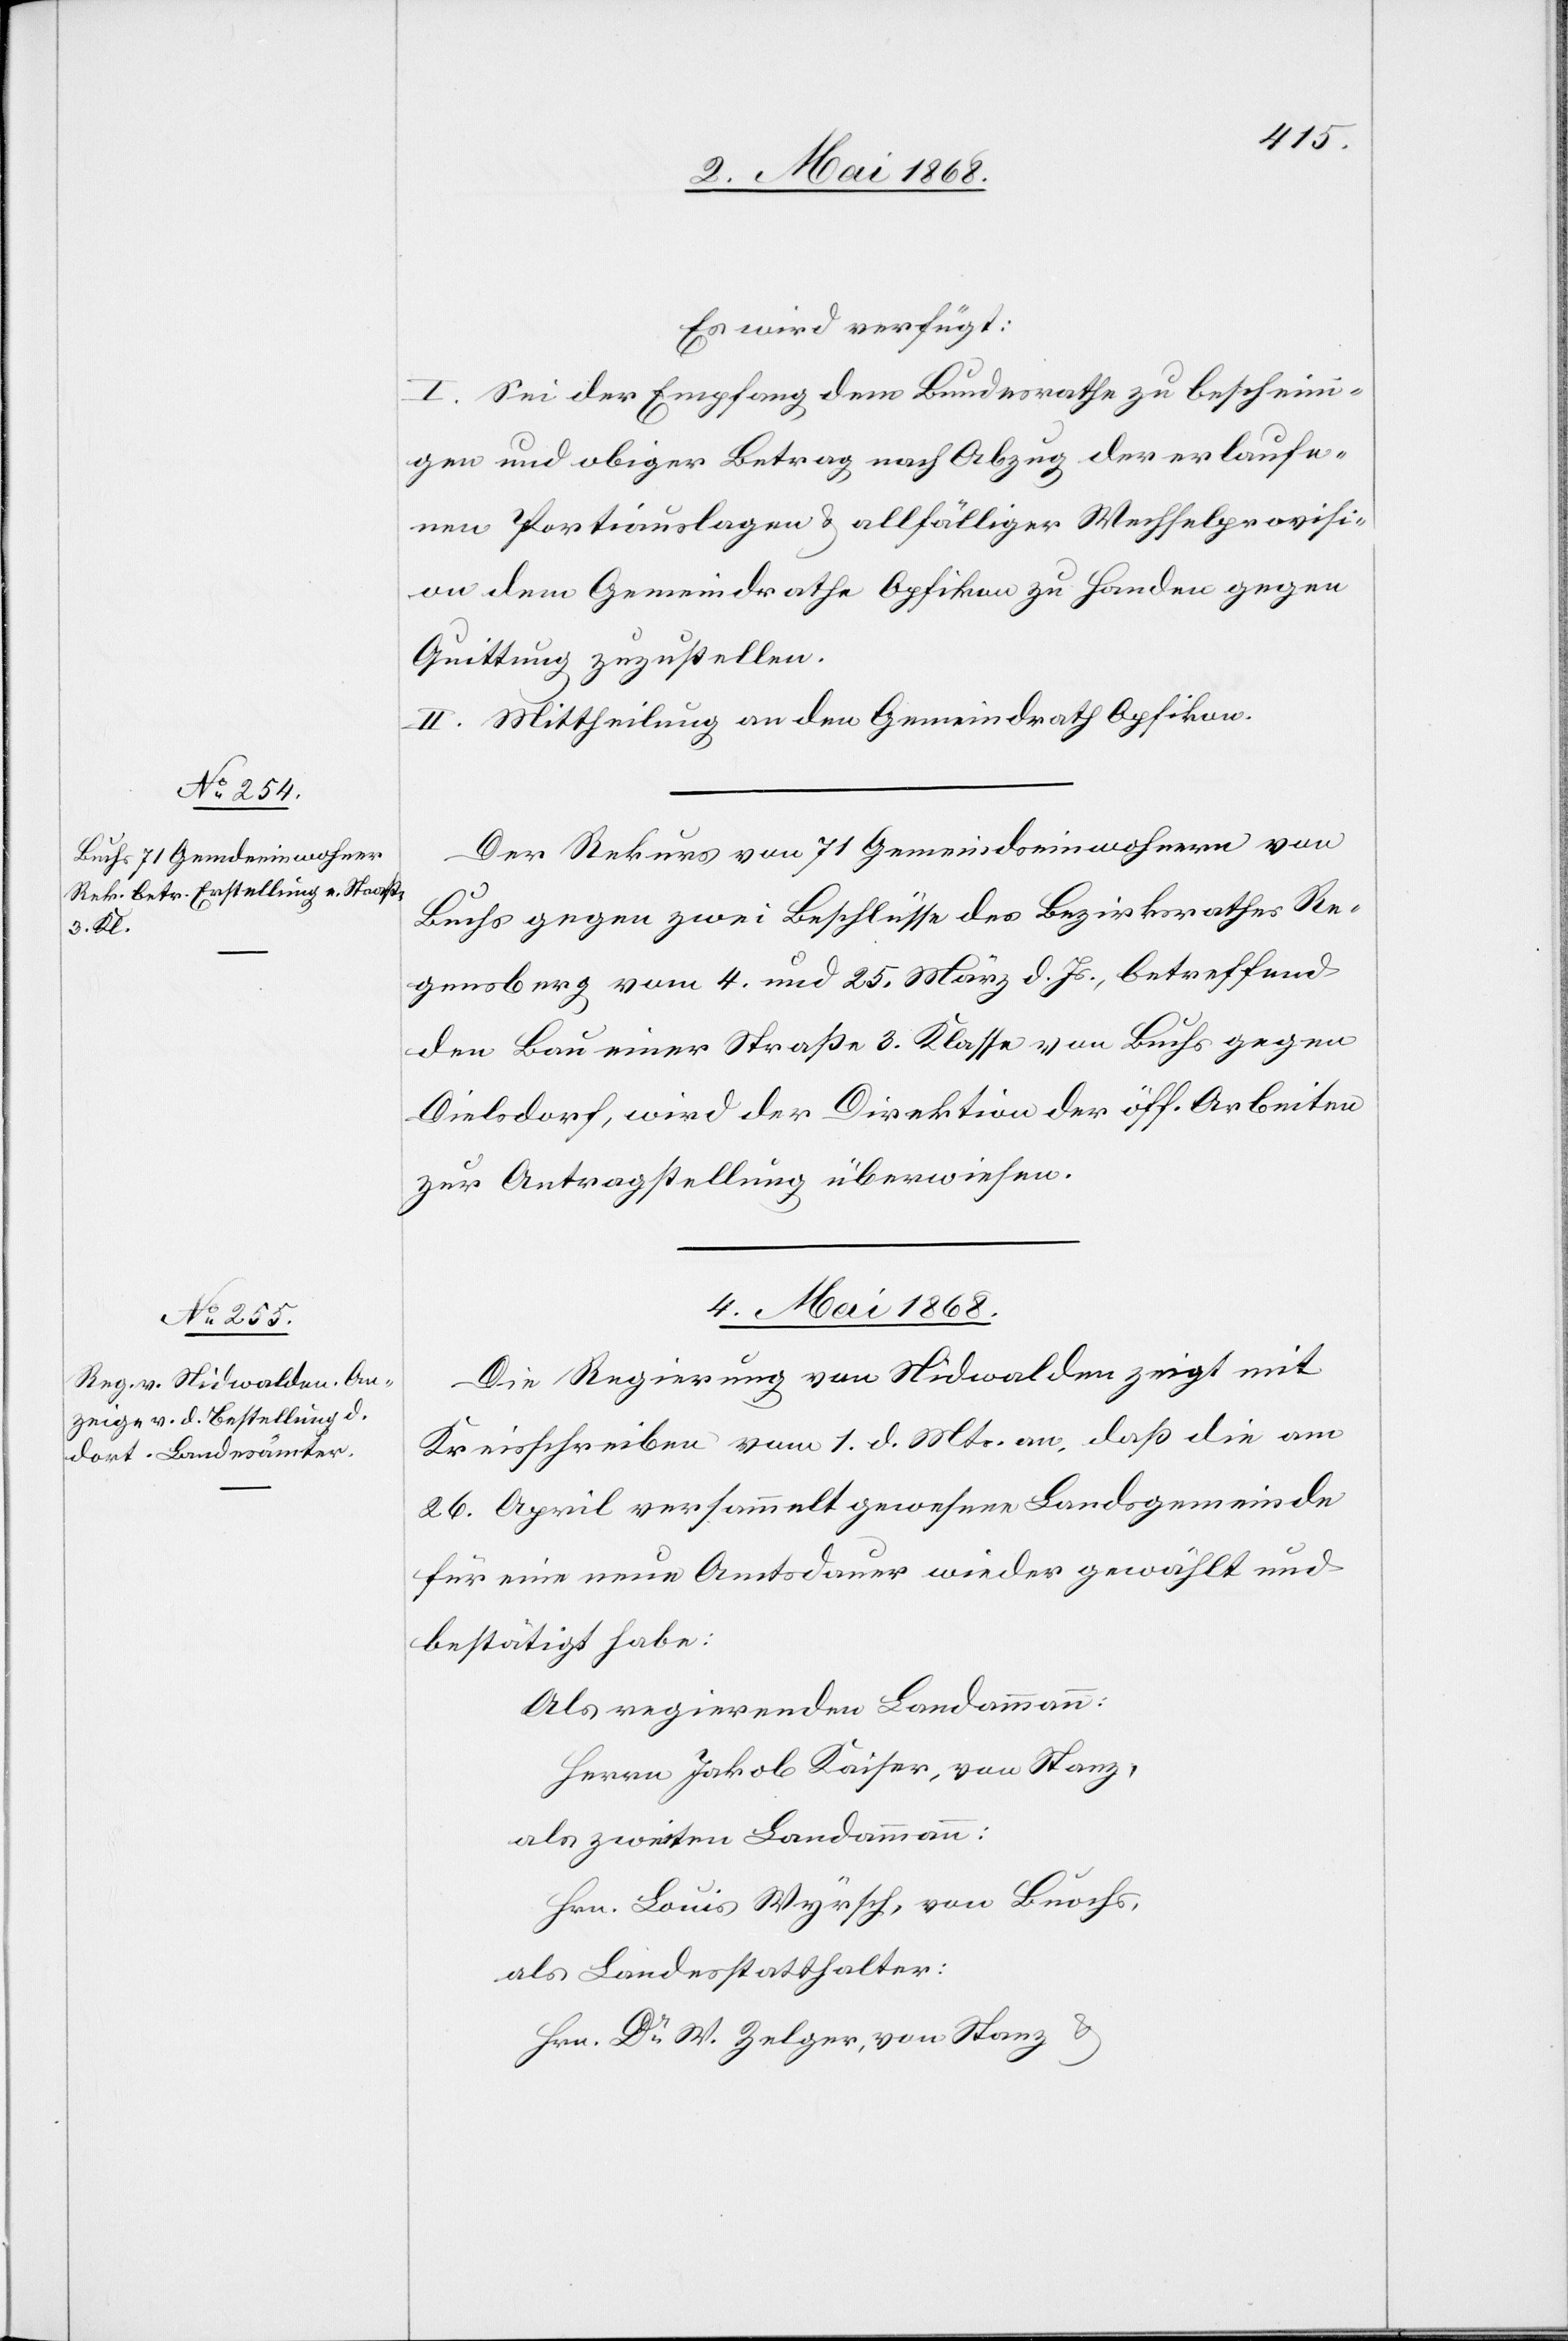
Es wird verfügt:
I. Sei der Empfang dem Bundesrathe zu bescheini¬
gen und obiger Betrag nach Abzug der erlaufe¬
nen Portiauslagen & allfälliger Wechselprovisi¬
on dem Gemeindrathe Opfikon zu Handen gegen
Quittung zuzustellen.
II. Mittheilung an den Gemeindrath Opfikon.
Der Rekurs von 71 Gemeindseinwohnern von
Buchs gegen zwei Beschlüsse des Bezirksrathes Re¬
gensberg vom 4. und 25. März d. Js., betreffend
den Bau einer Straße 3. Klasse von Buchs gegen
Dielsdorf, wird der Direktion der öff. Arbeiten
zur Antragstellung überwiesen.
4. Mai 1868.
Die Regierung von Nidwalden zeigt mit
Kreisschreiben vom 1. d. Mts. an, daß die am
26. April versammelt gewesene Landsgemeinde
für eine neue Amtsdauer wieder gewählt und
bestätigt habe:
Als regierenden Landammann:
Herrn Jakob Kaiser, von Stanz,
als zweiten Landammann:
Hrn. Louis Wyrsch, von Buochs,
als Landesstatthalter:
Hrn. Dr. W. Zelger, von Stanz &